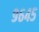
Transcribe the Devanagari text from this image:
९६४५